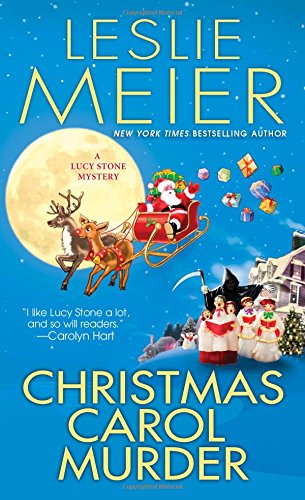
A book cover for Christmas Carol Murder (A Lucy Stone Mystery); Leslie Meier; Mystery, Thriller & Suspense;